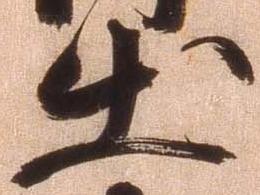
出